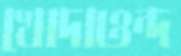
খোদাওন্দ